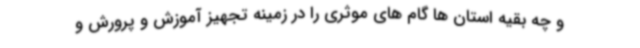
و چه بقیه استان ها گام های موثری را در زمینه تجهیز آموزش و پرورش و